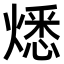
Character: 𤎕